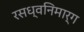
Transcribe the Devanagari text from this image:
रसध्वनिमार्ग